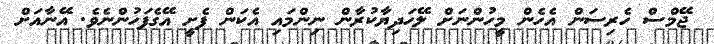
ޖޭމްސް ހެރިސަން އެހެން މީހުންނަށް ލޭހަދިޔާކުރާން ނިންމައި އެކަން ފެށީ އޭގެފަހުންނެވެ. އޭނާއަށް